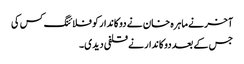
آخر نے ماہرہ خان نے دوکاندار کو فلائنگ کس کی
جس کے بعد دوکاندار نے قلفی دیدی۔